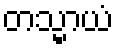
တသ္မာယံ